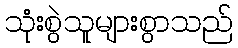
သုံးစွဲသူများစွာသည်